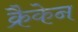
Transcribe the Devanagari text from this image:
क्रैकेन